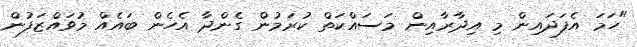
"ހަމަ އެފަދައިން މި އިދާރާއިން މަސައްކަތް ކުރަމުން ގެންދާ އެހެން ބައެއް މުވައްޒަފުން